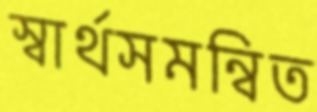
স্বার্থসমন্বিত